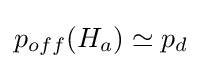
p_{off}(H_{a})\simeq p_{d}